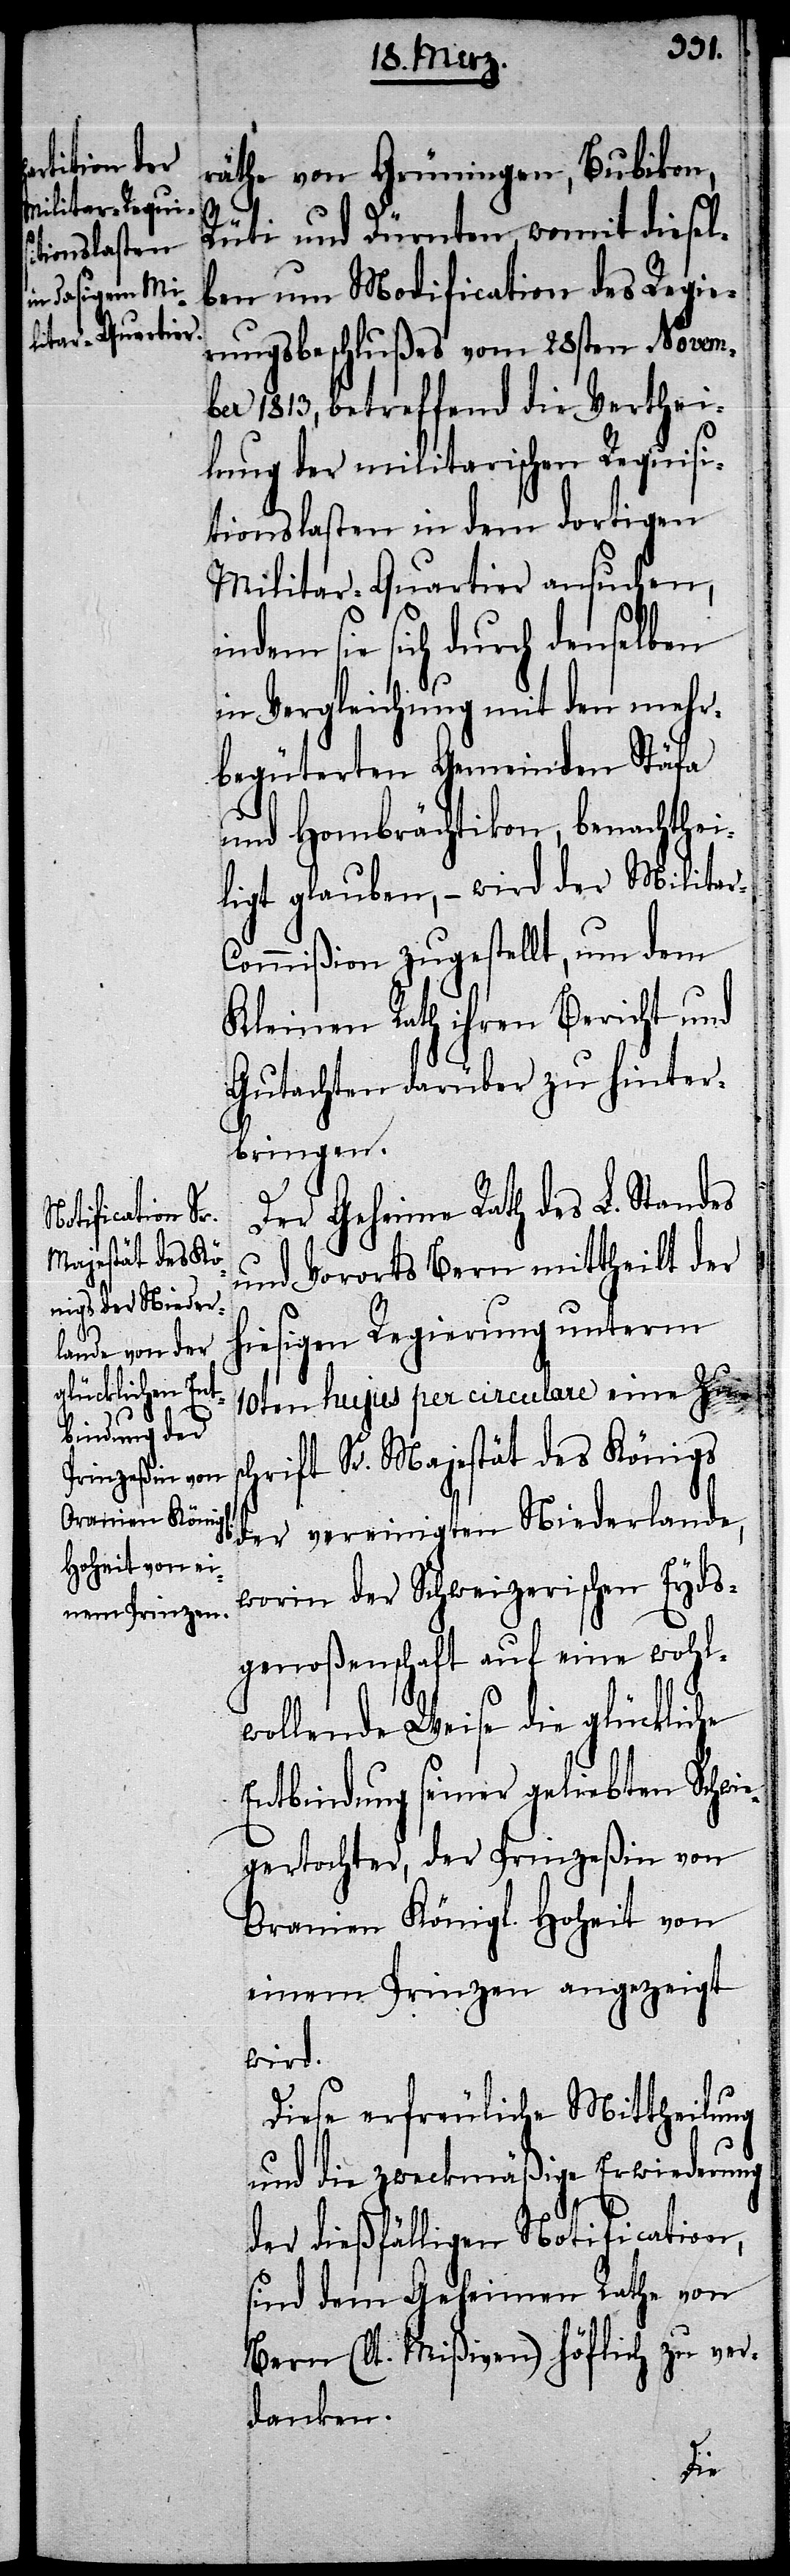
räthe von Grüningen, Bubikon,
Rüti und Dürnten, womit diesel¬
ben um Modification des Regie¬
rungsbeschlußes vom 28sten Novem¬
ber 1813, betreffend die Verthei¬
lung der militarischen Requisi¬
tionslasten in dem dortigen
Militar-Quartier ansuchen,
ndem sie sich durch denselben
in Vergleichung mit den mehr¬
begüterten Gemeinden Stäfa
und Hombrächtikon, benachthei¬
ligt glauben, – wird der Militar-C¬
ommißion zugestellt, um dem
Kleinen Rath ihren Bericht und
Gutachten darüber zu hinter¬
bringen.
Der Geheime Rath des L. Standes
und Vororts Bern mittheilt der
hiesigen Regierung unterm
10ten hujus per circulare eine Zus¬
chrift Sr. Majestät des Königs
der vereinigten Niederlande,
worin der Schweizerischen Eyds¬
genoßenschaft auf eine wohl¬
wollende Weise die glückliche
Entbindung seiner geliebten Schwie¬
gertochter, der Prinzeßin von
Oranien Königl. Hoheit von
einem Prinzen angezeigt
wird.
Diese erfreuliche Mittheilung
und die zweckmäßige Erwiederung
der dießfälligen Notification,
sind dem Geheimen Rathe von
Bern (lt. Mißiven) höflich zu ver¬
danken.
i¬